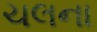
ચલના